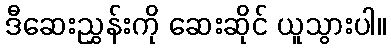
ဒီဆေးညွှန်းကို ဆေးဆိုင် ယူသွားပါ။